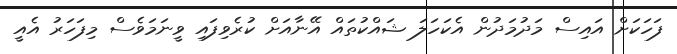
ފަހަކަށް އައިސް މަދުމަދުން އެކަހަލަ ޝައްކުތައް އޭނާއަށް ކުރެވިފައި ވީނަމަވެސް މިފަހަރު އެއީ